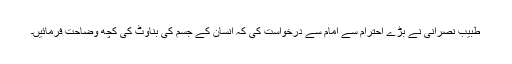
طبیبِ نصرانی نے بڑے اِحترام سے امام سے درخواست کی کہ اِنسان کے جسم کی بناوٹ کی کچھ وضاحت فرمائیں۔